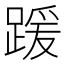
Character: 𫏖